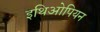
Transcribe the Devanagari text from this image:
इथिओपियन